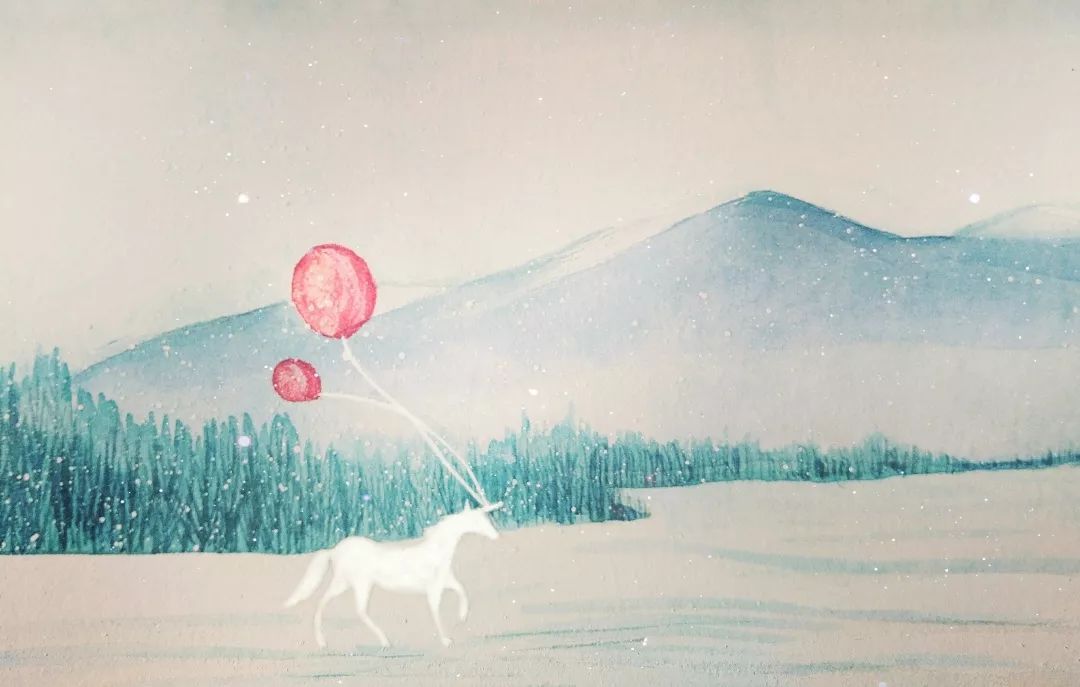
墙头马上遥相顾，一见知君即断肠。